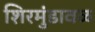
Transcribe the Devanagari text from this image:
शिरमुंडावळ